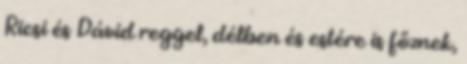
Ricsi és Dávid reggel, délben és estére is főznek,